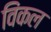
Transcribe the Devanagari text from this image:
विंकल